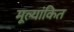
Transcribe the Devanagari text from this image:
मूल्‍यांकित